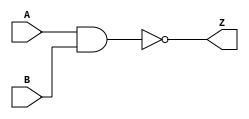
`timescale 1ns / 1ps
//////////////////////////////////////////////////////////////////////////////////
// Company: 
// Engineer: 
// 
// Design Name: 
// Module Name: test
// Project Name: 
// Target Devices: 
// Tool Versions: 
// Description: 
// 
// Dependencies: 
// 
// Revision:
// Revision 0.01 - File Created
// Additional Comments:
// 
//////////////////////////////////////////////////////////////////////////////////


module test(
    input A,
    input B,
    output Z
    );
    
    assign Z = ~(A & B);
    
endmodule